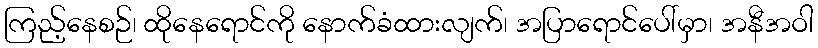
ကြည့်နေစဉ်၊ ထိုနေရောင်ကို နောက်ခံထားလျက်၊ အပြာရောင်ပေါ်မှာ၊ အနီအဝါ